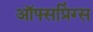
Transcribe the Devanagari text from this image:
ऑफ्सप्रिंग्स